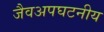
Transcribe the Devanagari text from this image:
जैवअपघटनीय